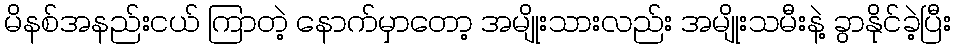
မိနစ်အနည်းငယ် ကြာတဲ့ နောက်မှာတော့ အမျိုးသားလည်း အမျိုးသမီးနဲ့ ခွာနိုင်ခဲ့ပြီး